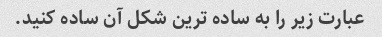
عبارت زیر را به ساده ترین شکل آن ساده کنید.